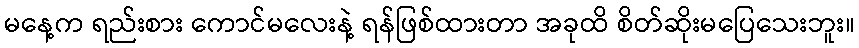
မနေ့က ရည်းစား ကောင်မလေးနဲ့ ရန်ဖြစ်ထားတာ အခုထိ စိတ်ဆိုးမပြေသေးဘူး။